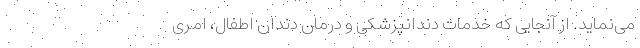
می‌نماید. از آنجایی که خدمات دندانپزشکی و درمان دندان اطفال، امری